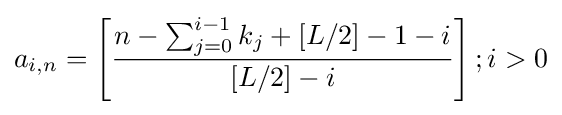
a_{i,n}=\left[{\frac {n-\sum _{j=0}^{i-1}k_{j}+[L/2]-1-i}{[L/2]-i}}\right];i>0